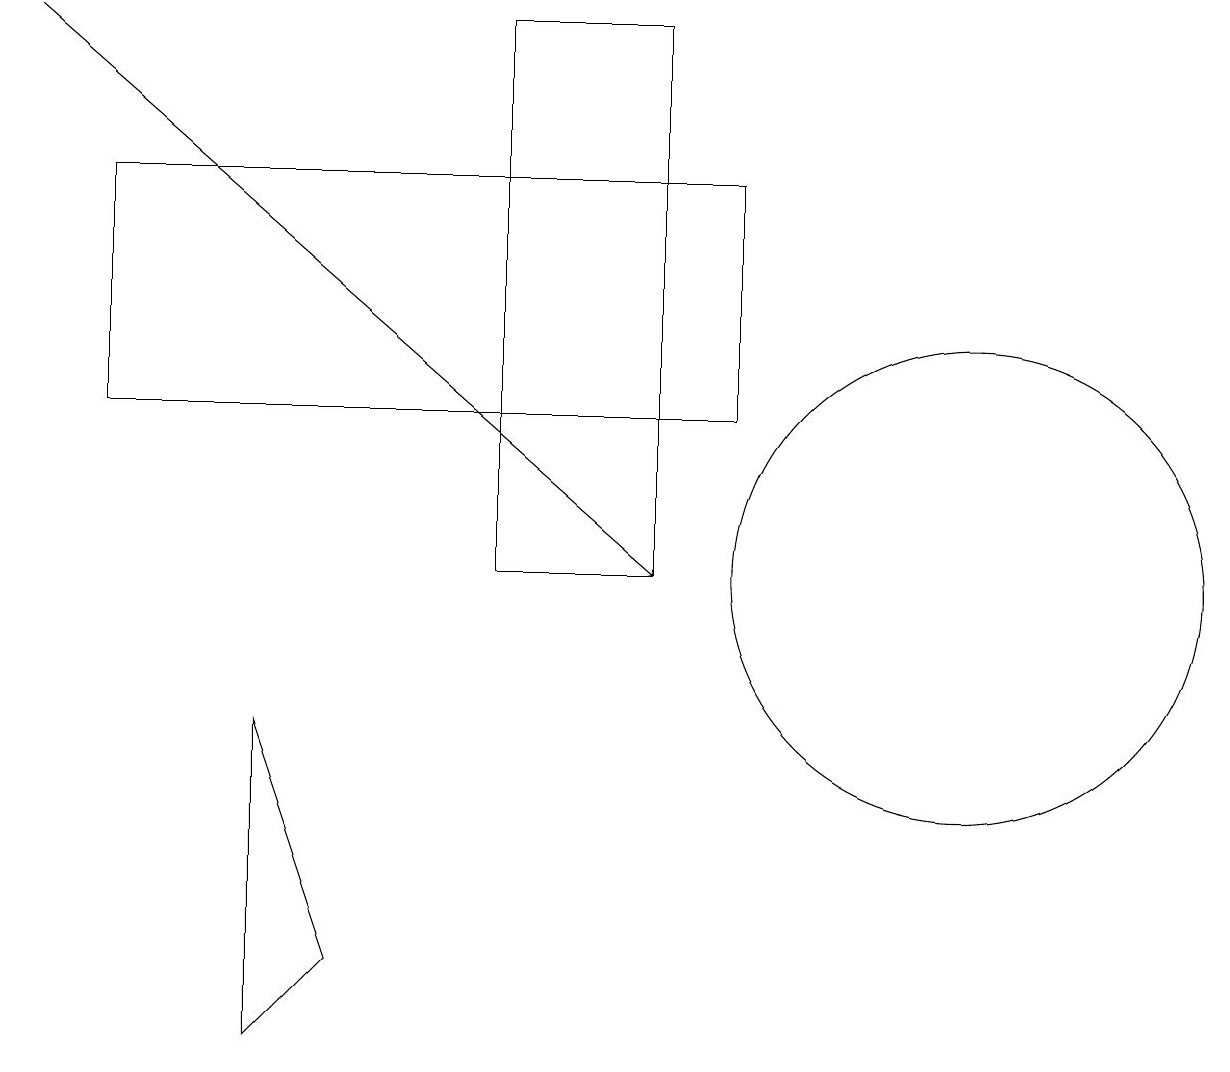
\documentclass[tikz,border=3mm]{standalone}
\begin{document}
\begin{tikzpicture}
\draw (8,18) rectangle (6,11);
\draw[->] (0,18) -- (8,11);
\draw (4,6) -- (3,9) -- (3,5) -- cycle;
\draw (9,13) rectangle (1,16);
\draw (12,11) circle (3);
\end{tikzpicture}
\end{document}